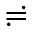
\risingdotseq